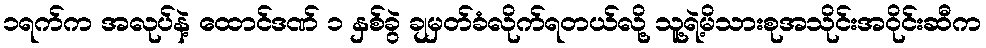
၁ရက်က အလုပ်နဲ့ ထောင်ဒဏ် ၁ နှစ်ခွဲ ချမှတ်ခံလိုက်ရတယ်လို့ သူ့ရဲ့မိသားစုအသိုင်းအဝိုင်းဆီက